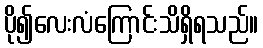
ပို၍လေးလံကြောင်းသိရှိရသည်။